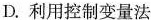
D. 利用控制变量法